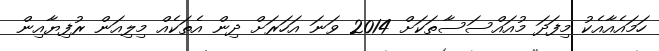
ހަމައެއާއެކު މިފަދަ މުއައްސަސާތަކަށް 2014 ވަނަ އަހަރަށް ދިން އެތަކެއް މިލިއަން ރުފިޔާއިން